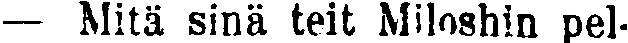
— Mitä sinä teit Miloshin pel-